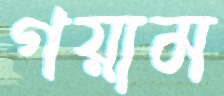
গয়াম